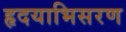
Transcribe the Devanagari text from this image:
हृदयाभिसरण